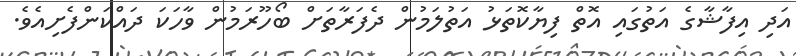
އަދި އިފާޝާގެ އަތުގައި އޮތް ފިޔާކޮތަޅު އަތުލަމުން ދެފަރާތަށް ބޯހޫރަމުން ވާހަކަ ދައްކަންފެށިއެވެ.